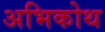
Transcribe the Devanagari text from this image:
अभिकोथ